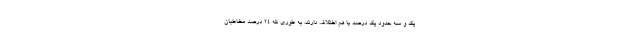
یک و سه حدود یک درصد با هم اختلاف دارند، به طوری که ۲۴ درصد مخاطبان